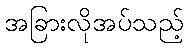
အခြားလိုအပ်သည့်